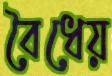
বৈধেয়